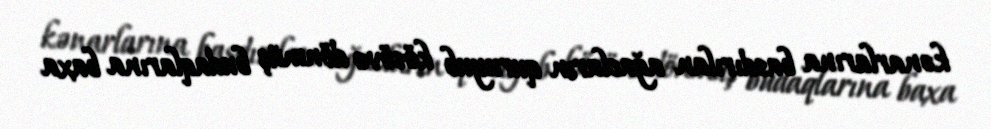
kənarlarına basdırılan ağacların quruyub kösövə dönmüş budaqlarına baxa